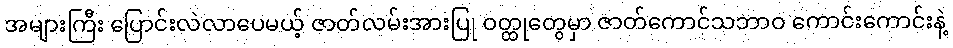
အများကြီး ပြောင်းလဲလာပေမယ့် ဇာတ်လမ်းအားပြု ဝတ္ထုတွေမှာ ဇာတ်ကောင်သဘာဝ ကောင်းကောင်းနဲ့